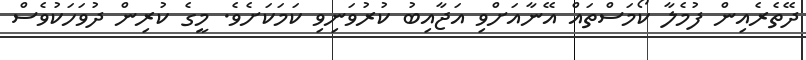
ދޭތެރެއިން ފުމެލާ ކޯމަސްތައް އޭނާއަށްވި އަޖާއިބު ކުރުވަނިވި ކަމަކަށެވެ. މީގެ ކުރިން ދުވަހަކުވެސް